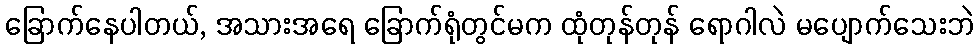
ခြောက်နေပါတယ်, အသားအရေ ခြောက်ရုံတွင်မက ထုံတုန်တုန် ရောဂါလဲ မပျောက်သေးဘဲ